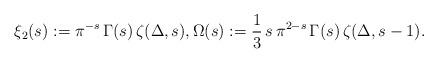
LaTeX: \begin{align*}\xi_2(s) := \pi^{-s} \, \Gamma(s) \, \zeta(\Delta,s), \Omega(s) :=\frac{1}{3} \, s \, \pi^{2-s} \, \Gamma(s) \, \zeta(\Delta,s-1).\end{align*}